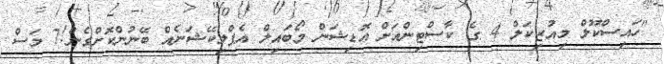
"ހައިސްކޫލް މިއުޒިކަލް 4 ގެ ކާސްޓިންއަށް އޮޑިޝަން މޯބައިލް އެޕްލިކޭޝަނެއް ބޭނުންކޮށްގެން!7 މަސް